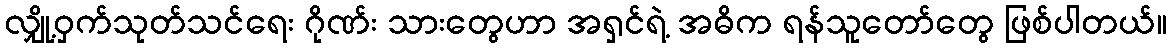
လျှို့ဝှက်သုတ်သင်ရေး ဂိုဏ်း သားတွေဟာ အရှင်ရဲ့ အဓိက ရန်သူတော်တွေ ဖြစ်ပါတယ်။